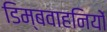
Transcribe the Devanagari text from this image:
डिम्बवाहनियों